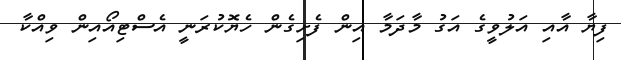
ފިޔާ އާއި އަލުވީގެ އަގު މާދަމާ އިން ފެށިގެން ހެޔޮކުރަނީ އެސްޓިއޯއިން ވިއްކާ